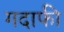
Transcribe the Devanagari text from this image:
गदाफी